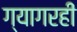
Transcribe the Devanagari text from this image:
ग्यागरहीं